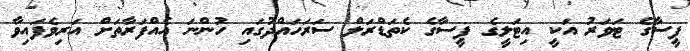
ޕީސާގެ ޓަވަރު އަކީ އިޓަލީގެ ޕީސާގެ ކެތަޑްރަލް ސަރަހައްދުގައި ހުންނަ އެއްފަރާތަށް އަރިވެފައިވާ